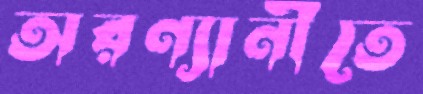
অরণ্যানীতে